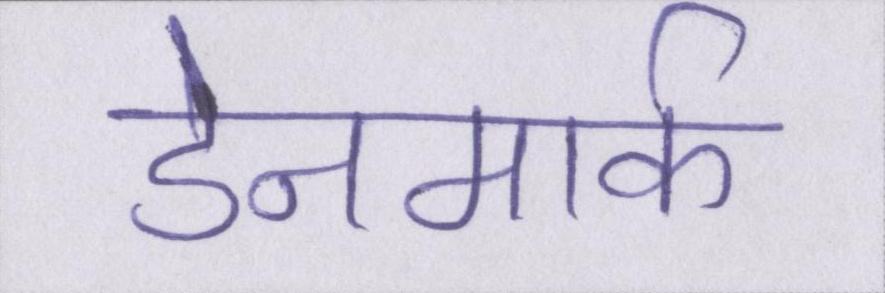
डेनमार्क